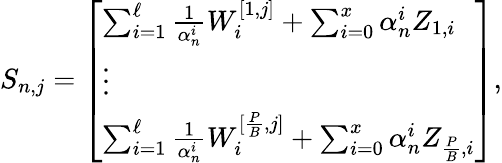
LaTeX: \begin{array}{r}{S_{n,j}=\left[\begin{array}{l}{\sum_{i=1}^{\ell}\frac{1}{\alpha_{n}^{i}}W_{i}^{[1,j]}+\sum_{i=0}^{x}\alpha_{n}^{i}Z_{1,i}}\\ {\vdots}\\ {\sum_{i=1}^{\ell}\frac{1}{\alpha_{n}^{i}}W_{i}^{[\frac{P}{B},j]}+\sum_{i=0}^{x}\alpha_{n}^{i}Z_{\frac{P}{B},i}}\end{array}\right],}\end{array}